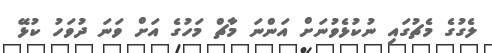
ލެގުގެ މެޗުގައި ނުކުޅެވުނަށް އަންނަ މާޗް މަހުގެ އަށް ވަނަ ދުވަހު ކުޅޭ